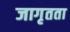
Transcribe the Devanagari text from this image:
जागृतता